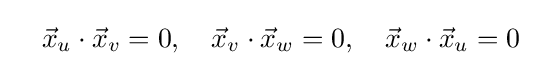
\quad {\vec {x}}_{u}\cdot {\vec {x}}_{v}=0,\quad {\vec {x}}_{v}\cdot {\vec {x}}_{w}=0,\quad {\vec {x}}_{w}\cdot {\vec {x}}_{u}=0\;